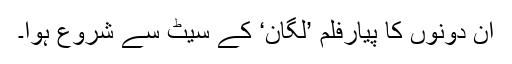
ان دونوں کا پیارفلم ’لگان‘ کے سیٹ سے شروع ہوا۔